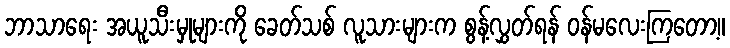
ဘာသာရေး အယူသီးမှုများကို ခေတ်သစ် လူသားများက စွန့်လွှတ်ရန် ဝန်မလေးကြတော့။